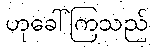
ဟုခေါ်ကြသည်